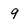
Character: 9